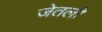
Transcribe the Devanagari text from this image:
जेतली